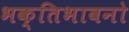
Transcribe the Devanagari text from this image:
भक्तिभावनो